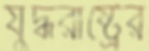
যুদ্ধরাষ্ট্রের